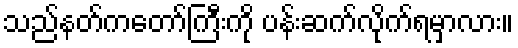
သည်နတ်ကတော်ကြီးကို ပန်းဆက်လိုက်ရမှာလား။